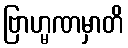
ဗြာဟ္မဏမှာတိ